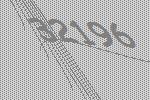
32196